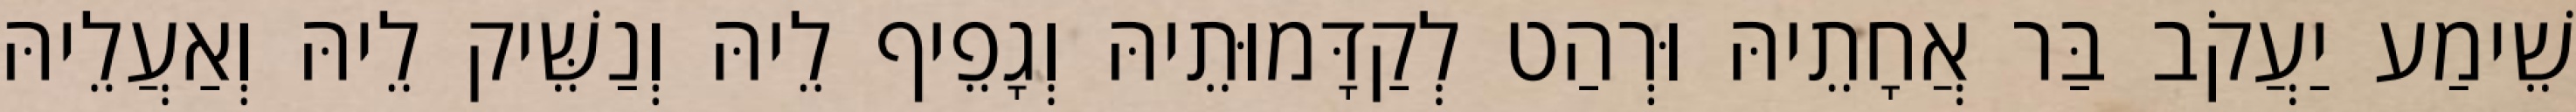
שֵׁימַע יַעֲקֹב בַּר אֲחָתֵיהּ וּרְהַט לְקַדָּמוּתֵיהּ וְגָפֵיף לֵיהּ וְנַשֵּׁיק לֵיהּ וְאַעֲלֵיהּ